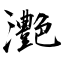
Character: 灔